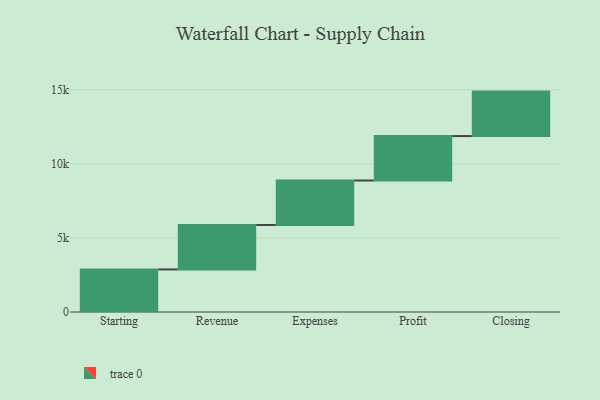
{"axis": {"x": "Step", "y": "Value"}, "legend": [""], "data": [{"x": "Starting", "y": 2873.0, "type": ""}, {"x": "Revenue", "y": 3000, "type": ""}, {"x": "Expenses", "y": 3000, "type": ""}, {"x": "Profit", "y": 3000, "type": ""}, {"x": "Closing", "y": 3000, "type": ""}]}